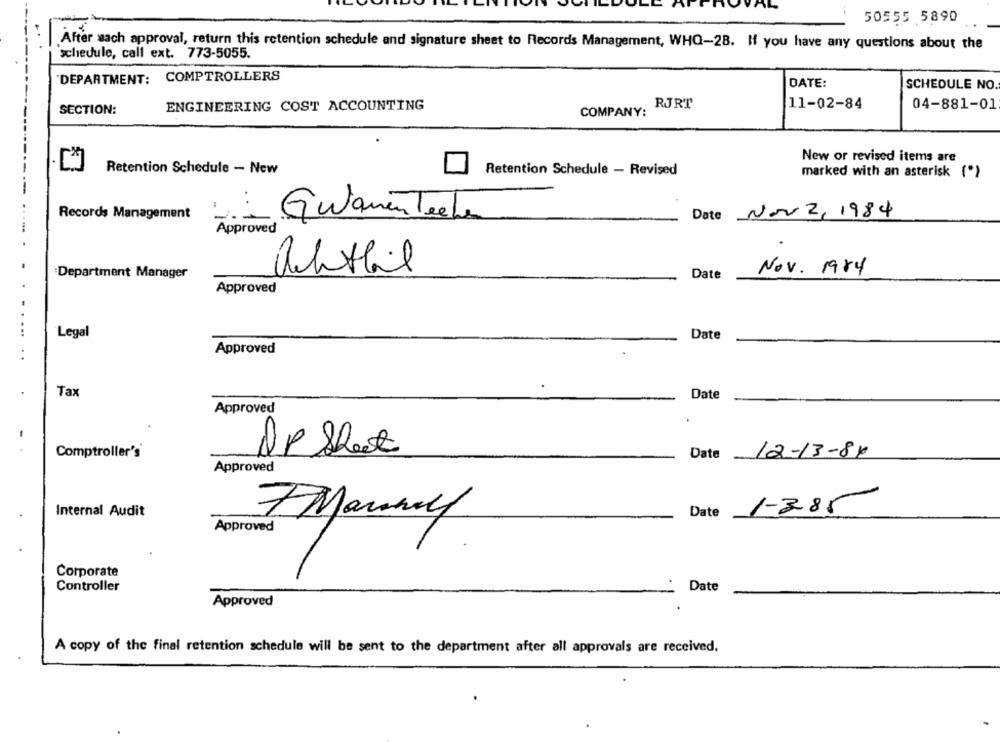
VAL
50555 5890
After sach approval, return this retention schedule and signature sheet to Records Management, WHO-28. If you have any questions about the
schedule, call ext. 773-5055.
'DEPARTMENT: COMPTROLLERS
DATE:
SCHEDULE NO.
SECTION:
ENGINEERING COST ACCOUNTING
COMPANY:
RJRT
11-02-84
04-881-01
New or revised items are
Retention Schedule - New
Retention Schedule - Revised
marked with an asterisk (*)
Records Management
Date Nov 2, 1984
--
Approved
Department Manager
achtbil
Nov. 1984
Date
Approved
...
Legal
Date
..
Approved
Tax
Date
Approved
-
Comptroller's'
AP Sheet
Date 12-13-84
Approved
Internal Audit
Date
1-3.85
7 Manny
Approved
Corporate
Controller
Date
Approved
A copy of the final retention schedule will be sent to the department after all approvals are received.